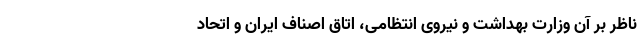
ناظر بر آن وزارت بهداشت و نیروی انتظامی، اتاق اصناف ایران و اتحاد